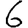
Digit: 6